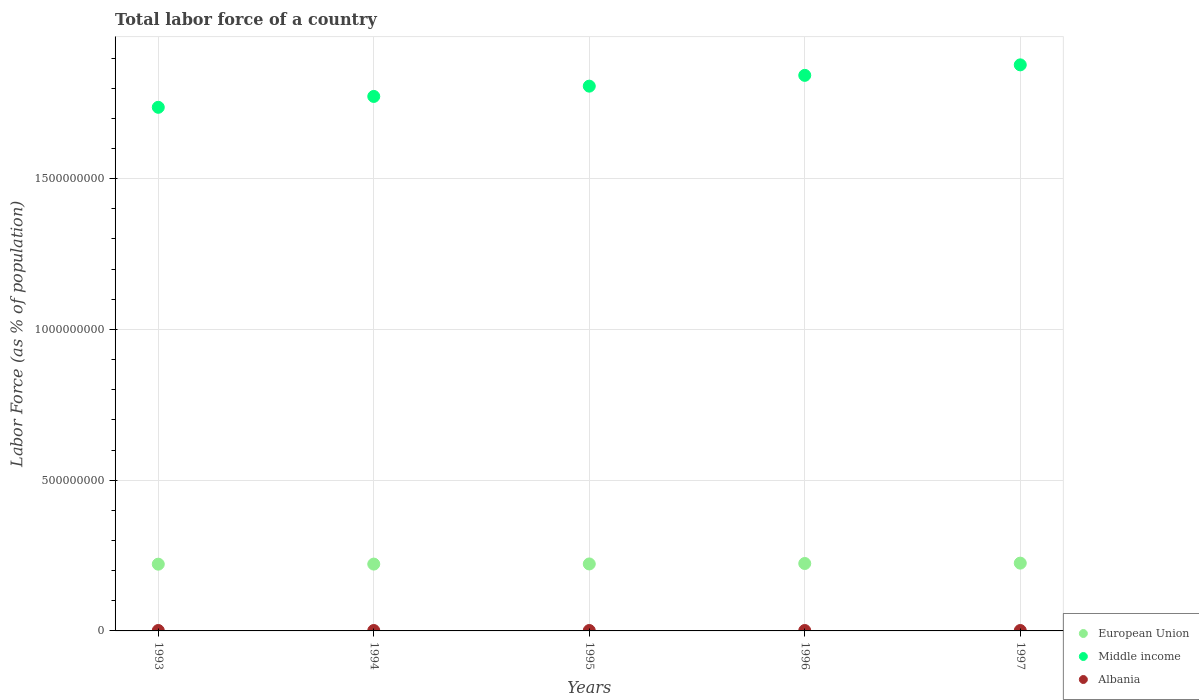
| Years | European Union | Middle income | Albania |
 | --- | --- | --- | --- |
 | 1993 | 2.21e+08 | 1.74e+09 | 1.41e+06 |
 | 1994 | 2.22e+08 | 1.77e+09 | 1.39e+06 |
 | 1995 | 2.22e+08 | 1.81e+09 | 1.38e+06 |
 | 1996 | 2.24e+08 | 1.84e+09 | 1.37e+06 |
 | 1997 | 2.25e+08 | 1.88e+09 | 1.37e+06 |